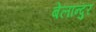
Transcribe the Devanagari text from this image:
बेलान्दुर